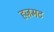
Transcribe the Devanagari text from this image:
हज़मट